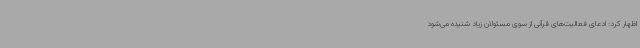
اظهار کرد: ادعای فعالیت‌های قرآنی از سوی مسئولان زیاد شنیده می‌شود